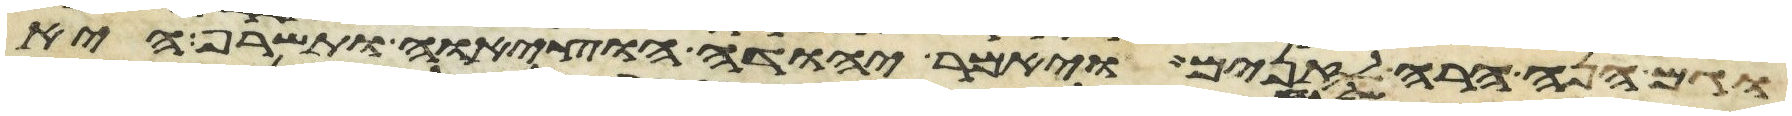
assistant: וגם הנה הרה לזנים ויאמר יהודה הוציאה ותשרף היא